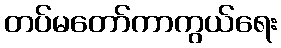
တပ်မတော်ကာကွယ်ရေး